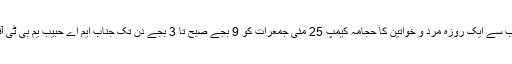
مئی : ( راست ) : ادارہ سیاست کی جانب سے ایک روزہ مرد و خواتین کا حجامہ کیمپ 25 مئی جمعرات کو 9 بجے صبح تا 3 بجے دن تک جناب ایم اے حبیب یم بی ٹی آفس معین باغ میں منعقد کیا جارہا ہے ۔